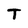
Character: T